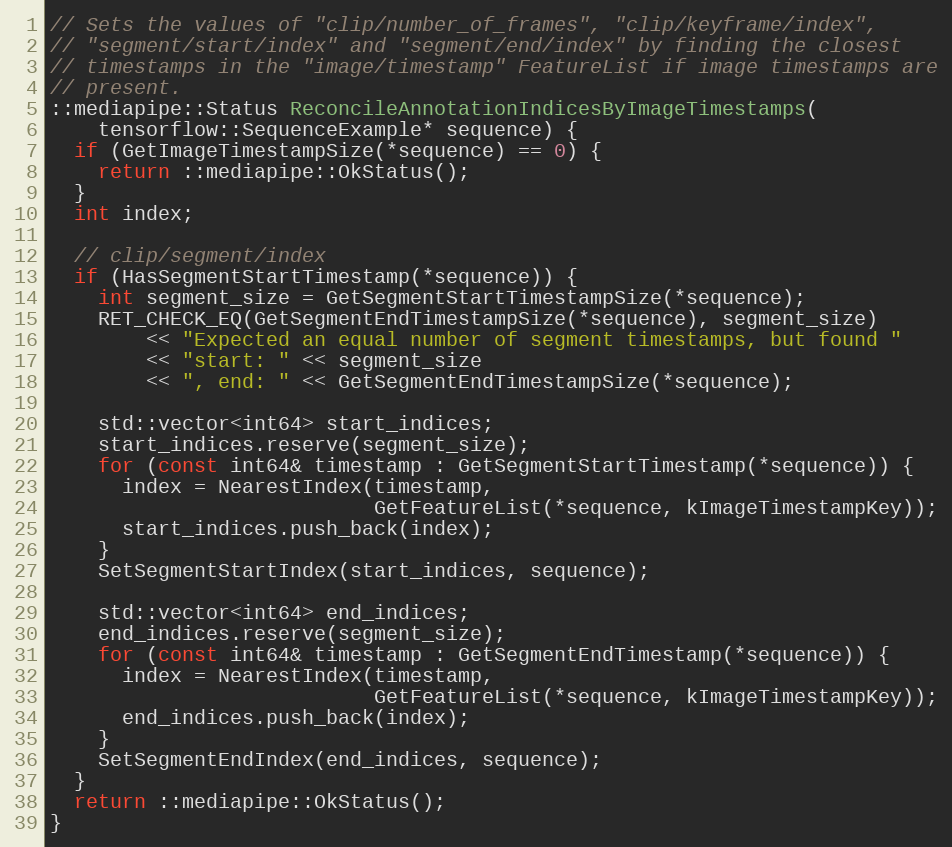
Language: C++
// Sets the values of "clip/number_of_frames", "clip/keyframe/index",
// "segment/start/index" and "segment/end/index" by finding the closest
// timestamps in the "image/timestamp" FeatureList if image timestamps are
// present.
::mediapipe::Status ReconcileAnnotationIndicesByImageTimestamps(
    tensorflow::SequenceExample* sequence) {
  if (GetImageTimestampSize(*sequence) == 0) {
    return ::mediapipe::OkStatus();
  }
  int index;

  // clip/segment/index
  if (HasSegmentStartTimestamp(*sequence)) {
    int segment_size = GetSegmentStartTimestampSize(*sequence);
    RET_CHECK_EQ(GetSegmentEndTimestampSize(*sequence), segment_size)
        << "Expected an equal number of segment timestamps, but found "
        << "start: " << segment_size
        << ", end: " << GetSegmentEndTimestampSize(*sequence);

    std::vector<int64> start_indices;
    start_indices.reserve(segment_size);
    for (const int64& timestamp : GetSegmentStartTimestamp(*sequence)) {
      index = NearestIndex(timestamp,
                           GetFeatureList(*sequence, kImageTimestampKey));
      start_indices.push_back(index);
    }
    SetSegmentStartIndex(start_indices, sequence);

    std::vector<int64> end_indices;
    end_indices.reserve(segment_size);
    for (const int64& timestamp : GetSegmentEndTimestamp(*sequence)) {
      index = NearestIndex(timestamp,
                           GetFeatureList(*sequence, kImageTimestampKey));
      end_indices.push_back(index);
    }
    SetSegmentEndIndex(end_indices, sequence);
  }
  return ::mediapipe::OkStatus();
}